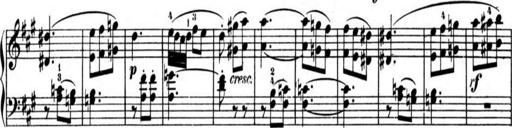
Title: AusgewÃ¤hlte Sonaten
Composer: Muzio Clementi